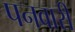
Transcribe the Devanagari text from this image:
पनवारी